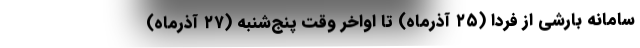
سامانه بارشی از فردا (۲۵ آذرماه) تا اواخر وقت پنج‌شنبه (۲۷ آذرماه)